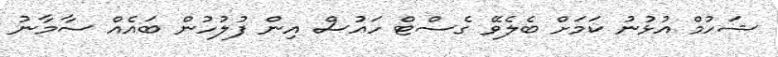
ޝަހުމް އުޅުނު ކަމަށް ބެލެވޭ ގެސްޓް ހައުސް އިން ފުލުހުން ބައެއް ސާމާނު